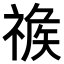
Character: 𥚦